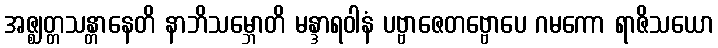
အဇ္ဈတ္တသန္တာနေတိ နာဘိသမ္ဘောတိ မန္ဒာရဝါနံ ပဗ္ဗာဇေတဗ္ဗောပေ ဂမကော ရာဇိသယော